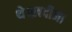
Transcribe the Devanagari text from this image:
थे।ख़दीजा